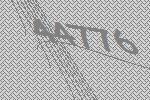
44776